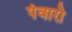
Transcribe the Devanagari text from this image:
पंवारो